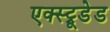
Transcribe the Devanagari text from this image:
एक्स्ट्रूडेड